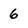
Character: 6